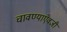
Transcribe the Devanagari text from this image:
चावण्याऐवजी